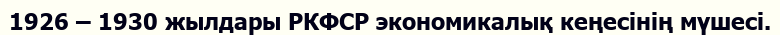
1926 – 1930 жылдары РКФСР экономикалық кеңесінің мүшесі.